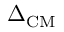
\Delta _ { \mathrm { C M } }